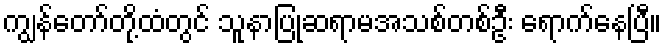
ကျွန်တော်တို့ထံတွင် သူနာပြုဆရာမအသစ်တစ်ဦး ရောက်နေပြီ။